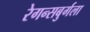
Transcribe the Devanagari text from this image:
रेगन्सबुर्गला